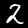
Digit: 2